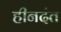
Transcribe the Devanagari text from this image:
हीनदंत